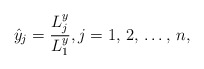
\begin{align*}\hat{y}_{j}=\frac{L_{j}^{y}}{L_{1}^{y}}, j=1,\thinspace 2,\thinspace \mathellipsis,\thinspace n,\end{align*}